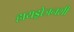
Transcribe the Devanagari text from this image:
हायड्रोजनशी